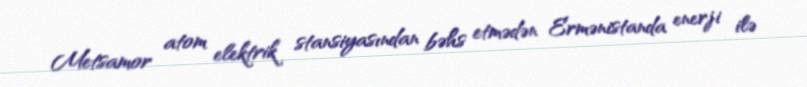
Metsamor atom elektrik stansiyasından bəhs etmədən Ermənistanda enerji ilə